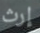
إرث